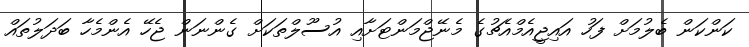
ކަންކަން ބެލުމަށް ފަހު އައިޖީއެމްއެޗުގެ މެނޭޖްމަންޓަށާއި އުސޫލްތަކަށް ގެންނަން ޖެހޭ އެންމެހާ ބަދަލުތައް